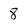
Character: 8